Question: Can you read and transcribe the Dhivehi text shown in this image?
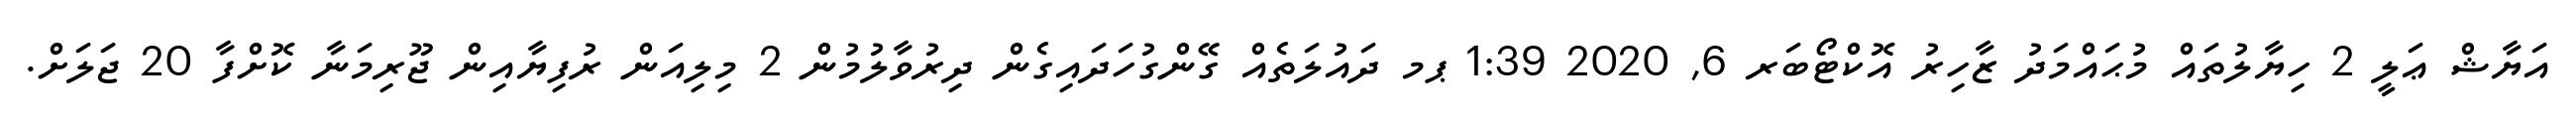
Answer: އަޔާޝް ޢަލީ 2 ހިޔާލުތައް މުޙައްމަދު ޒާހިރު އޮކްޓޯބަރ 6, 2020 1:39 ޕމ ދައުލަތެއް ގޭންގުހަދައިގެން ދިރުވާލުމުން 2 މިލިއަން ރުފިޔާއިން ޖޫރިމަނާ ކޮށްފާ 20 ޖަލަށް.